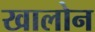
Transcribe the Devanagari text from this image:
खालोन